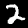
Digit: 2